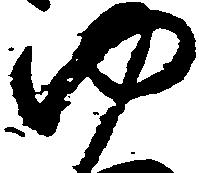
ゆ